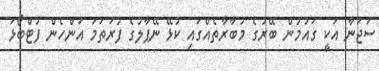
ސަޖަނާ އަކީ ގައުމުން ބޭރުގެ މުބާރާތެއްގައި ކުޅޭ ނޭޕާލުގެ ފުރަތަމަ އަންހެން ފުޓްބޯޅަ